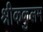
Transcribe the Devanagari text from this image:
श्रीककुलम